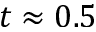
t \approx 0 . 5